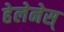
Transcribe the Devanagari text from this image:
हेलेनेस्